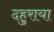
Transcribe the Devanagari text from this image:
दहुराया